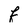
Character: f